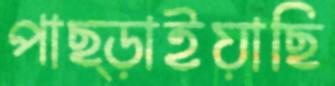
পাছ্‌ড়াইয়াছি